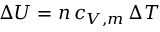
\Delta U = n \, c _ { V , m } \, \Delta T